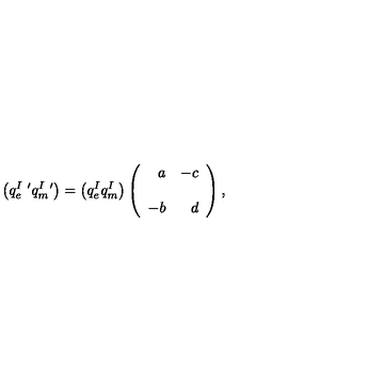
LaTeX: \left( q _ { e } ^ { I \ \prime } q _ { m } ^ { I \ \prime } \right) = \left( q _ { e } ^ { I } q _ { m } ^ { I } \right) \left( \begin{array} { r r } { a } & { - c } \\ { } & { } \\ { - b } & { d } \\ \end{array} \right) ,